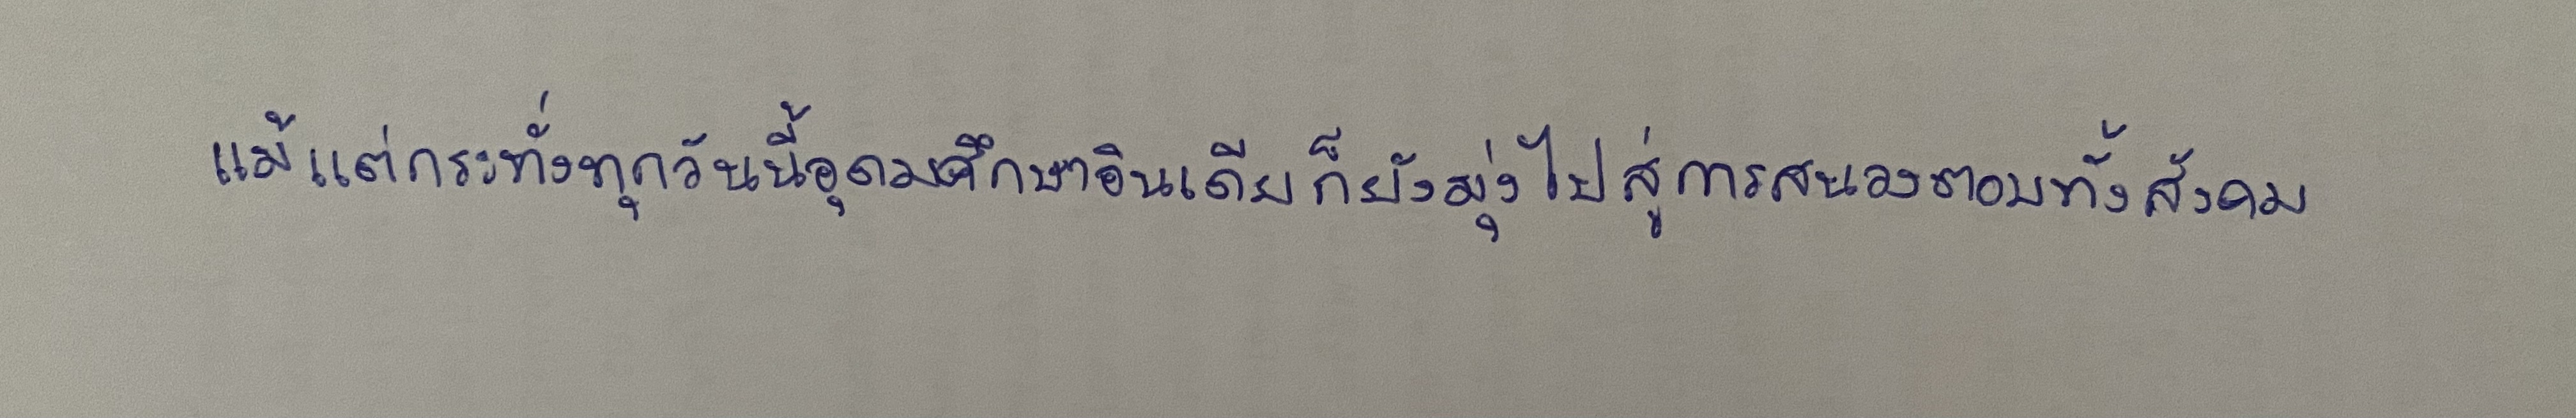
แม้แต่กระทั่งทุกวันนี้อุดมศึกษาอินเดียก็ยังมุ่งไปสู่การสนองตอบทั้งสังคม